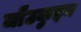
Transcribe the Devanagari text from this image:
जो॑उकुइन